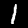
Label: 1